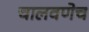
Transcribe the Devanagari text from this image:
चालवणेच